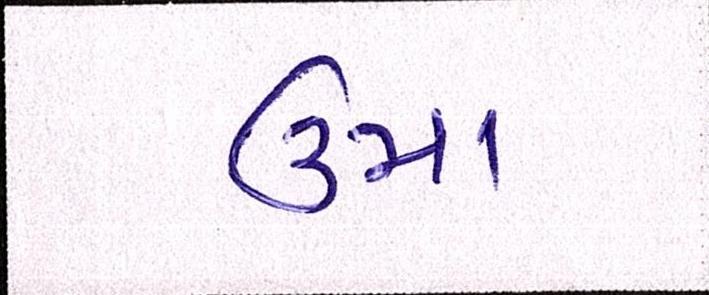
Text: ઉમા